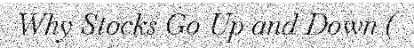
Why Stocks Go Up and Down (